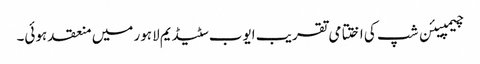
چیمپیئن شپ کی اختتامی تقریب ایوب سٹیڈیم لاہور میں منعقد ہوئی۔